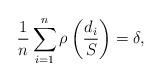
LaTeX: \begin{align*}\frac{1}{n}\sum_{i=1}^{n}\rho\left( \frac{d_{i}}{S}\right) =\delta,\end{align*}